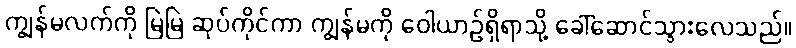
ကျွန်မလက်ကို မြဲမြဲ ဆုပ်ကိုင်ကာ ကျွန်မကို ဝေါယာဉ်ရှိရာသို့ ခေါ်ဆောင်သွားလေသည်။